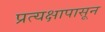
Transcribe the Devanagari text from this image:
प्रत्यक्षापासून